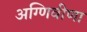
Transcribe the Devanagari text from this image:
अग्णिवीणा